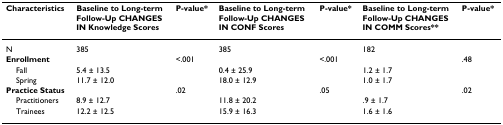
<table><thead><tr><td><b>Characteristics</b></td><td><b>Baseline to Long-term Follow-Up CHANGES IN Knowledge Scores</b></td><td><b>P-value*</b></td><td><b>Baseline to Long-term Follow-Up CHANGES IN CONF Scores</b></td><td><b>P-value*</b></td><td><b>Baseline to Long-term Follow-Up CHANGES IN COMM Scores**</b></td><td><b>P-value*</b></td></tr></thead><tbody><tr><td>N</td><td>385</td><td></td><td>385</td><td></td><td>182</td><td></td></tr><tr><td><b>Enrollment</b></td><td></td><td>&lt;.001</td><td></td><td>&lt;.001</td><td></td><td>.48</td></tr><tr><td> Fall</td><td>5.4 ± 13.5</td><td></td><td>0.4 ± 25.9</td><td></td><td>1.2 ± 1.7</td><td></td></tr><tr><td> Spring</td><td>11.7 ± 12.0</td><td></td><td>18.0 ± 12.9</td><td></td><td>1.0 ± 1.7</td><td></td></tr><tr><td><b>Practice Status</b></td><td></td><td>.02</td><td></td><td>.05</td><td></td><td>.02</td></tr><tr><td> Practitioners</td><td>8.9 ± 12.7</td><td></td><td>11.8 ± 20.2</td><td></td><td>.9 ± 1.7</td><td></td></tr><tr><td> Trainees</td><td>12.2 ± 12.5</td><td></td><td>15.9 ± 16.3</td><td></td><td>1.6 ± 1.6</td><td></td></tr></tbody></table>